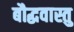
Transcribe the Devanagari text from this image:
बौद्धवास्तु